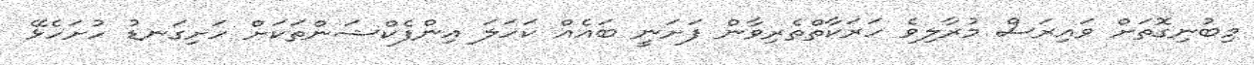
މިބުނިގޮތަށް ވައިރަސް މުރާލިވެ ހަރަކާތްތެރިވާން ފަށަނީ ބައެއް ކަހަލަ އިންފެކްޝަންތަކަށް ހަށިގަނޑު ހުށަހެޅޭ